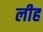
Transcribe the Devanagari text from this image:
लीह